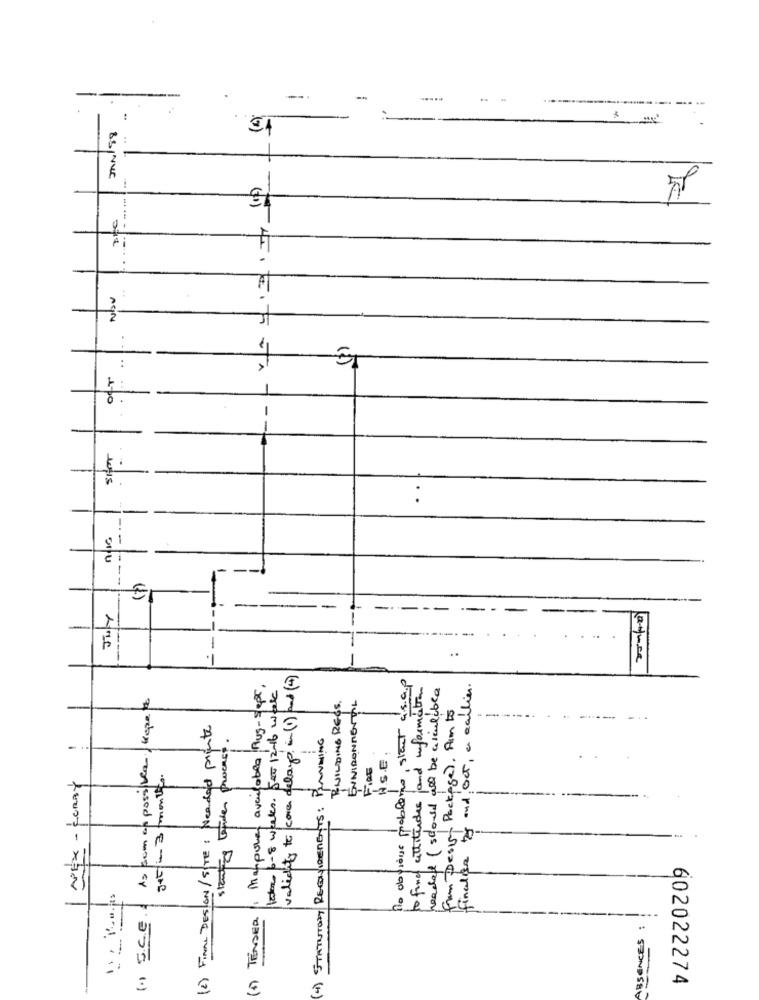
-
----
--
-
.....
JAN/88
Nbv
. .. . .
-
. .
---
-
--
-
--
-
-
5
validity to care delays in (1) and (4)
No obvious probleme, start a.s.a.p
(5) TENDER : Tappoles avenlobes Rug-sept,
latence 6-8 weeks. Set 12-16 week
headed (should all be aiculible
finaliser boy and OCT, a earlier.
As soon as possiblea / Kope
BUILDING REGS.
ENINIDONNETIL
to find attitudes and informal
from Design Package), Aim to
(2) FINAL DESIGN/SITE : Needed printe
(4) STATUTORY REQUIREMENTS: PLANNING
starting tepiden process
N.s.E.
-
Fies
get/in 3 months
I DOEX- CORBY
() S.C.E.
ABSENCES
602022274